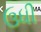
ઉધી